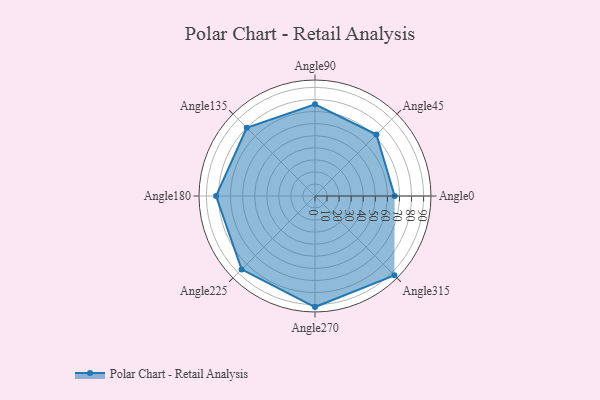
{"axis": {"x": "Angle", "y": "Radius"}, "legend": [""], "data": [{"x": "Angle0", "y": 66.0, "type": ""}, {"x": "Angle45", "y": 72.0, "type": ""}, {"x": "Angle90", "y": 76.0, "type": ""}, {"x": "Angle135", "y": 80.0, "type": ""}, {"x": "Angle180", "y": 82.0, "type": ""}, {"x": "Angle225", "y": 86.0, "type": ""}, {"x": "Angle270", "y": 92.0, "type": ""}, {"x": "Angle315", "y": 93.0, "type": ""}]}